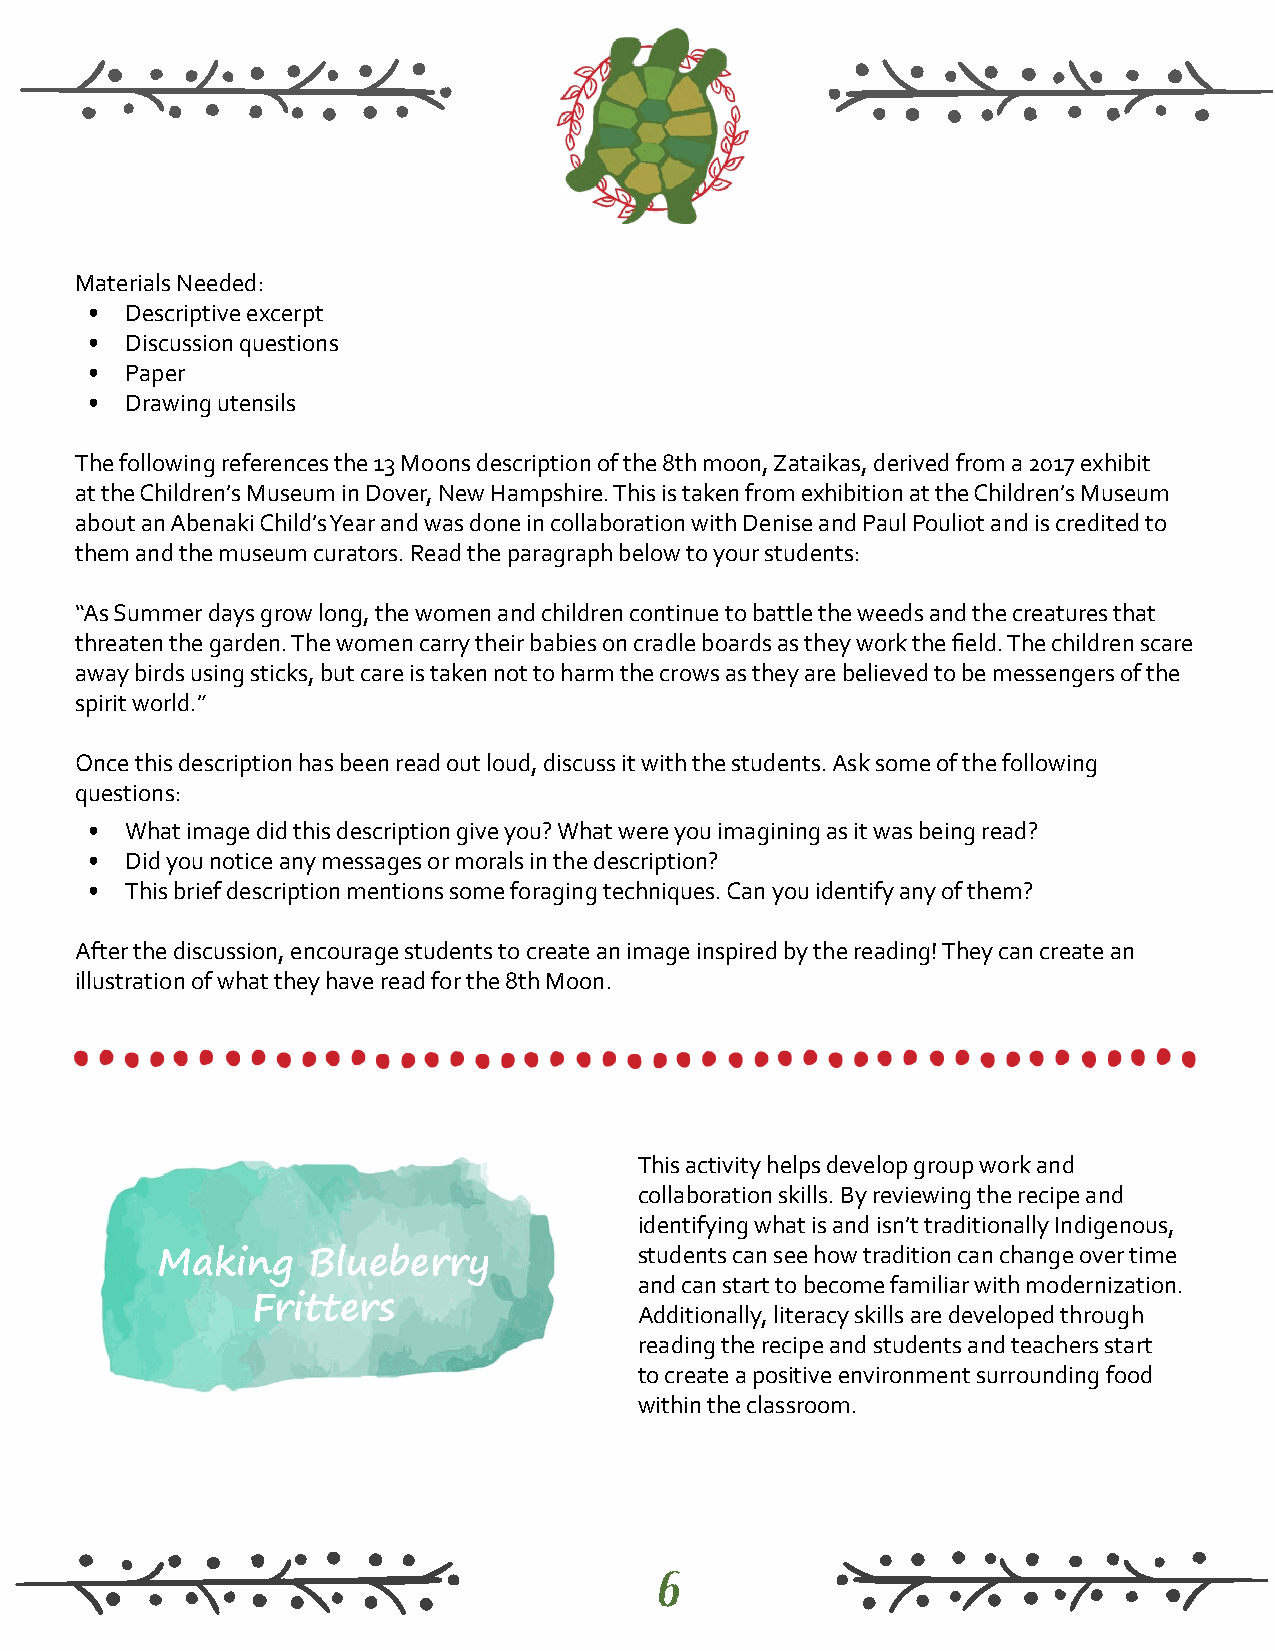
Materials Needed:
 • Descriptive excerpt
 • Discussion questions
 • Paper
 • Drawing utensils
 The following references the 13 Moons description of the 8th moon, Zataikas, derived from a 2017 exhibit
 at the Children’s Museum in Dover, New Hampshire. This is taken from exhibition at the Children’s Museum
 about an Abenaki Child’s Year and was done in collaboration with Denise and Paul Pouliot and is credited to
 them and the museum curators. Read the paragraph below to your students:
 “As Summer days grow long, the women and children continue to battle the weeds and the creatures that
 threaten the garden. The women carry their babies on cradle boards as they work the field. The children scare
 away birds using sticks, but care is taken not to harm the crows as they are believed to be messengers of the
 spirit world.”
 Once this description has been read out loud, discuss it with the students. Ask some of the following
 questions:
 • What image did this description give you? What were you imagining as it was being read?
 • Did you notice any messages or morals in the description?
 • This brief description mentions some foraging techniques. Can you identify any of them?
 After the discussion, encourage students to create an image inspired by the reading! They can create an
 illustration of what they have read for the 8th Moon.
 This activity helps develop group work and
 collaboration skills. By reviewing the recipe and
 identifying what is and isn’t traditionally Indigenous,
 students can see how tradition can change over time
 Making    Blueberry
 and can start to become familiar with modernization.
 Fritters                 Additionally, literacy skills are developed through
 reading the recipe and students and teachers start
 to create a positive environment surrounding food
 within the classroom.
 6